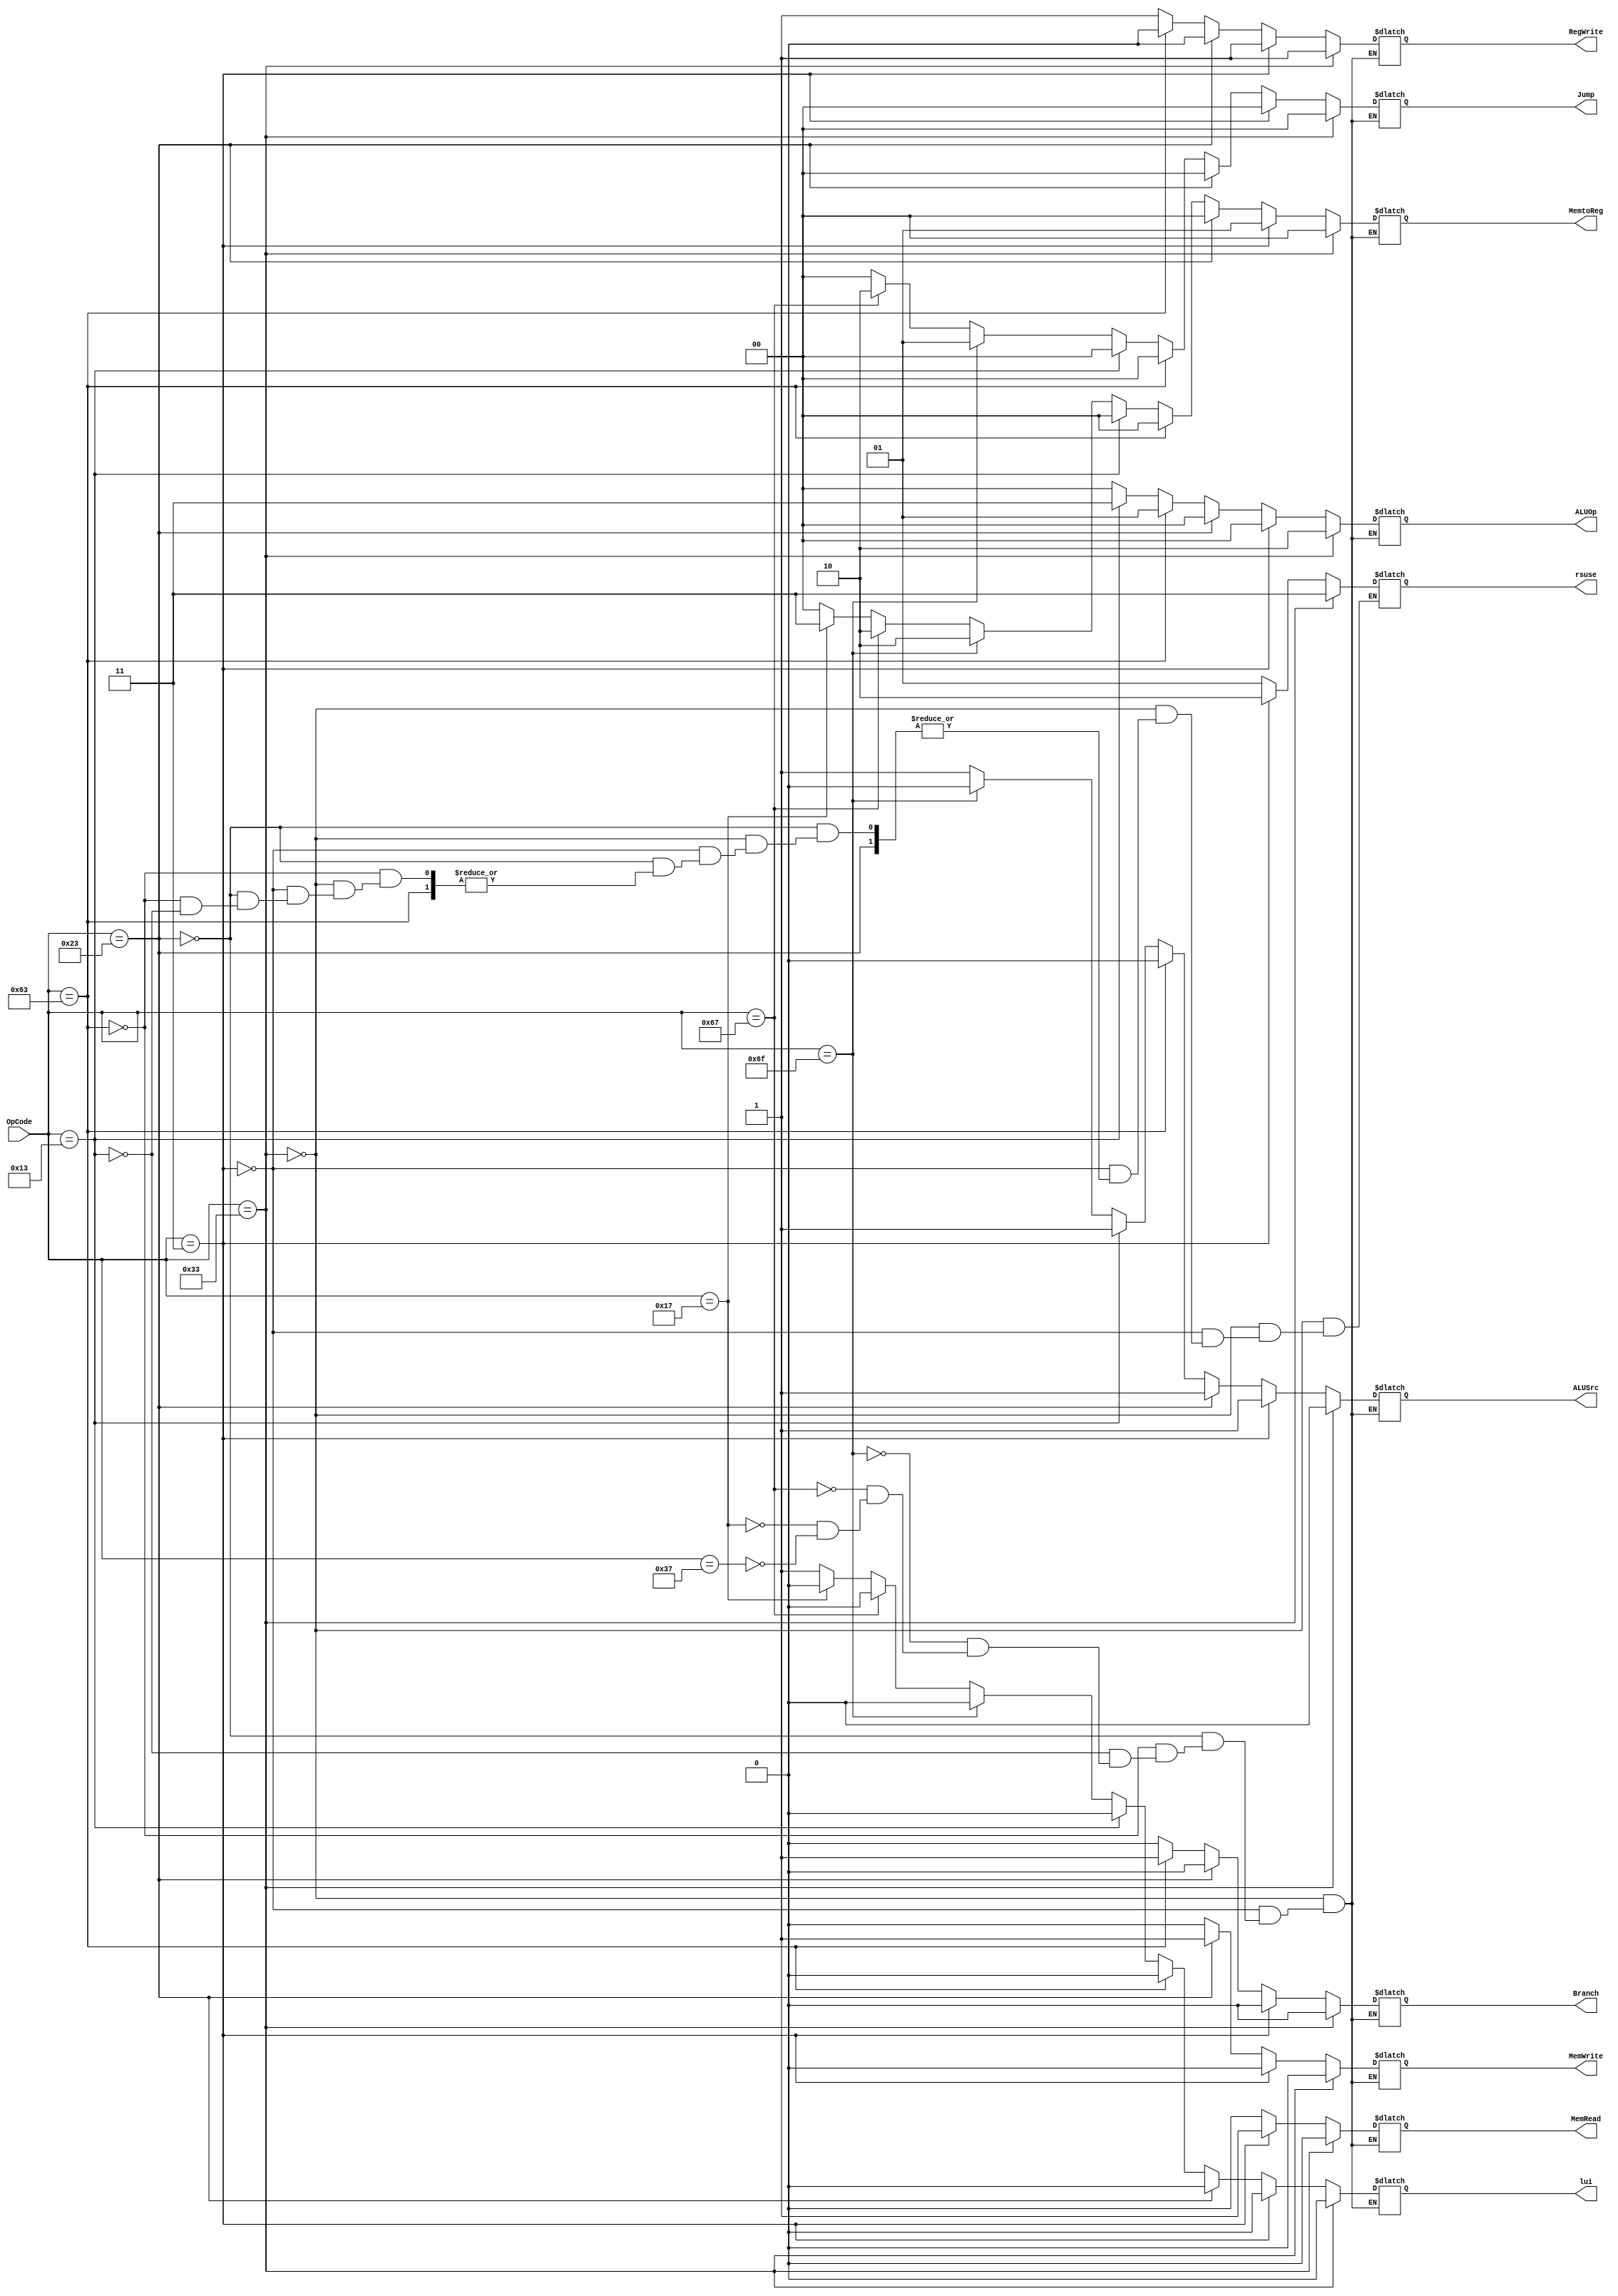
`timescale 1ns / 1ps
//////////////////////////////////////////////////////////////////////////////////
// Company: 
// Engineer: 
// 
// Design Name: 
// Module Name: Control_Unit
// Project Name: 
// Target Devices: 
// Tool Versions: 
// Description: 
// 
// Dependencies: 
// 
// Revision:
// Revision 0.01 - File Created
// Additional Comments:
// 
//////////////////////////////////////////////////////////////////////////////////


module Control_Unit(
    input [6:0] OpCode,
    output reg RegWrite,
    output reg ALUSrc,
    output reg Branch,
    output reg [1:0] Jump,
    output reg MemRead,
    output reg MemWrite,
    output reg [1:0] MemtoReg,
    output reg [1:0] ALUOp,
    output reg lui,
    output reg [1:0] rsuse
    );
    initial rsuse = 2'b00;
    
     always @ (*) begin
        if(OpCode == 7'b0110011) begin // Type R - AND, OR, SUB, ADD
            ALUSrc <= 0;
            MemtoReg <= 2'b00;
            RegWrite <= 1;
            MemRead <= 0;
            MemWrite <= 0;
            Branch <= 0;
            Jump <= 2'b00;
            ALUOp <= 2'b10;
            lui <= 0;
            rsuse <= 2'b11;
        end
        else if(OpCode == 7'b0000011) begin // Type Load - LW
            ALUSrc <= 1;
            MemtoReg <= 2'b01;
            RegWrite <= 1;
            MemRead <= 1;
            MemWrite <= 0;
            Branch <= 0;
            Jump <= 2'b00;
            ALUOp <= 2'b00;
            lui <= 0;
            rsuse <= 2'b10;
        end
        else if(OpCode == 7'b0100011) begin // Type Store - SW
            ALUSrc <= 1;
            MemtoReg <= 2'b00;                  // don't care
            RegWrite <= 0;
            MemRead <= 0;
            MemWrite <= 1;
            Branch <= 0;
            Jump <= 2'b00;
            ALUOp <= 2'b00;
            lui <= 0;
        end
        else if(OpCode == 7'b1100011) begin // Type Branch
            ALUSrc <= 0;
            MemtoReg <= 2'b00;                  // don't care
            RegWrite <= 0;
            MemRead <= 0;
            MemWrite <= 0;
            Branch <= 1;
            Jump <= 2'b00;
            ALUOp <= 2'b01;
            lui <= 0;
        end
        else if(OpCode == 7'b0010011) begin //andi ori ...
            ALUSrc <= 1;               //
            MemtoReg <= 2'b00;
            RegWrite <= 1;
            MemRead <= 0;
            MemWrite <= 0; //
            Branch <= 0;
            Jump <= 2'b00;
            ALUOp <= 2'b11;    
            lui <= 0;    
            rsuse = 2'b01; 
        end
        else if(OpCode == 7'b1101111) begin  //Jump jal
            ALUSrc <= 0;                  //don't care
            MemtoReg <= 2'b10;
            RegWrite <= 1;
            MemRead <= 0;
            MemWrite <= 0;
            Branch <= 0;
            Jump <= 2'b01;
            ALUOp <= 2'b00;             // 
            lui <= 0;
        end
        else if(OpCode == 7'b1100111) begin //jalr
            ALUSrc <= 1;
            MemtoReg <= 2'b10;
            RegWrite <= 1;
            MemRead <= 0;
            MemWrite <= 0;
            Branch <= 0;
            Jump <= 2'b10;
            ALUOp <= 2'b00;
            lui <= 0;
        end
        else if(OpCode == 7'b0010111) begin //auipc
            ALUSrc <= 1;                      //
            MemtoReg <= 2'b11; 
            RegWrite <= 1;
            MemRead <= 0;
            MemWrite <= 0;
            Branch <= 0;
            Jump <= 2'b00;
            ALUOp <= 2'b00;
            lui <= 0;
        end
        else if(OpCode == 7'b0110111) begin //lui
            ALUSrc <= 1;
            MemtoReg <= 2'b00; //
            RegWrite <= 1;
            MemRead <= 0;
            MemWrite <= 0;
            Branch <= 0;
            Jump <= 0;
            ALUOp <= 2'b00; // 
            lui <= 1;
        end
    end
endmodule